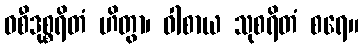
ဝစီဒုစ္စရိတံ ဟိတွာ၊ ဝါစာယ သုစရိတံ စရေ။